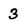
Character: 3